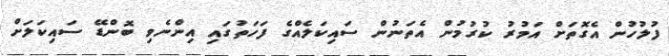
ފުލުހުން އެގޮތަށް އަމުރު ކުރުމުން އެތަނުން ސައިކަލެއްގެ ފަހަތުގައި އިންނެވި ބޮންޑޭ ސައިކަލަށް